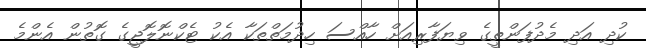
ކުދި އަދި މެދުފަންތީގެ ވިޔަފާރިއަށް ހާއްސަ ހިދުމަތްތަކާ އެކު ޓެކްނޮލޮޖީގެ ގޮތުން އެންމެ